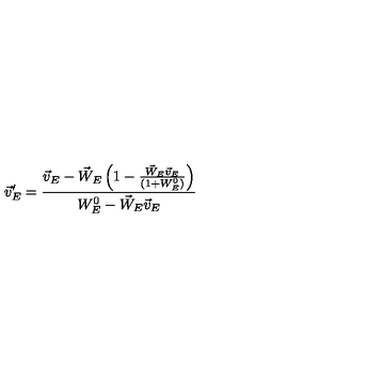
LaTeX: \vec { v } _ { E } ^ { \prime } = \frac { \vec { v } _ { E } - \vec { W } _ { E } \left( 1 - \frac { \vec { W } _ { E } \vec { v } _ { E } } { ( 1 + W _ { E } ^ { 0 } ) } \right) } { W _ { E } ^ { 0 } - \vec { W } _ { E } \vec { v } _ { E } }